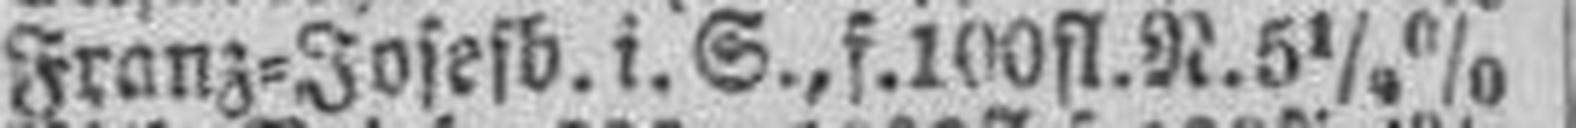
Franz=Josefb. i. S., f. 100 fl. N. 5 1/4%